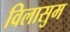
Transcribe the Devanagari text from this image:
विलासुम